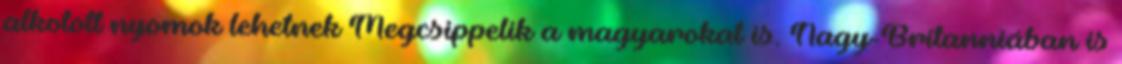
alkotott nyomok lehetnek Megcsippelik a magyarokat is. Nagy-Britanniában is